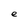
Character: e